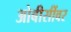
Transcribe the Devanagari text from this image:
ओबीसींवर